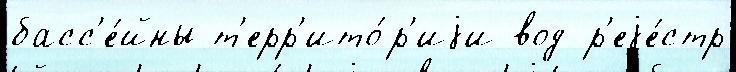
басс'е́йны т'ерр'ито́р'иjи вод р'еjе́стр